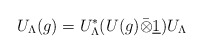
\begin{align*}U_{\Lambda }(g)=U_{\Lambda }^{*}(U(g)\bar{\otimes}\underline{1})U_{\Lambda }\end{align*}